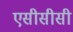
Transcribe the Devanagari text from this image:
एसीसीसी